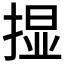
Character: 𱠚